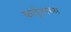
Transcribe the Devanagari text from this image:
कर्तृवाच्य